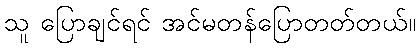
သူ ပြောချင်ရင် အင်မတန်ပြောတတ်တယ်။